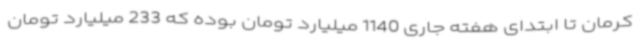
کرمان تا ابتدای هفته جاری 1140 میلیارد تومان بوده که 233 میلیارد تومان